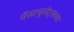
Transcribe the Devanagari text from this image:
मॅसाचुसेट्सच्या